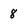
Character: 8